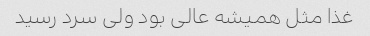
غذا مثل همیشه عالی بود ولی سرد رسید